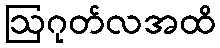
ဩဂုတ်လအထိ